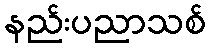
နည်းပညာသစ်